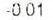
-0.01